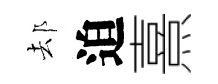
𨚫迫熹